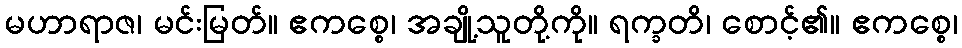
မဟာရာဇ၊ မင်းမြတ်။ ဧကစ္စေ၊ အချို့သူတို့ကို။ ရက္ခတိ၊ စောင့်၏။ ဧကစ္စေ၊